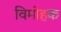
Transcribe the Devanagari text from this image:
विमोहक